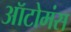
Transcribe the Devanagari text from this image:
ऑटोमंस